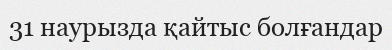
31 наурызда қайтыс болғандар